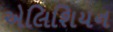
એલિશિયન